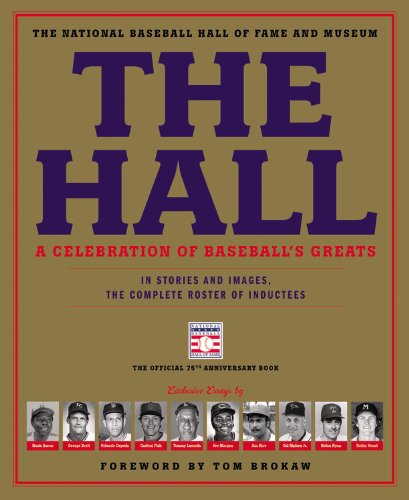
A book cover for The Hall: A Celebration of Baseball's Greats: In Stories and Images, the Complete Roster of Inductees; The National Baseball Hall of Fame and Museum; Arts & Photography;